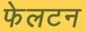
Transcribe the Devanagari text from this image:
फेलटन